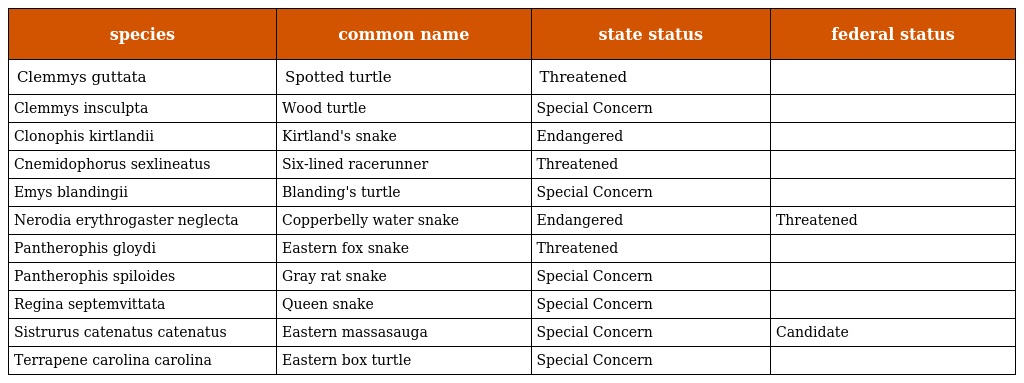
| species | common name | state status | federal status |
 | --- | --- | --- | --- |
 | Clemmys guttata | Spotted turtle | Threatened |  |
 | Clemmys insculpta | Wood turtle | Special Concern |  |
 | Clonophis kirtlandii | Kirtland's snake | Endangered |  |
 | Cnemidophorus sexlineatus | Six-lined racerunner | Threatened |  |
 | Emys blandingii | Blanding's turtle | Special Concern |  |
 | Nerodia erythrogaster neglecta | Copperbelly water snake | Endangered | Threatened |
 | Pantherophis gloydi | Eastern fox snake | Threatened |  |
 | Pantherophis spiloides | Gray rat snake | Special Concern |  |
 | Regina septemvittata | Queen snake | Special Concern |  |
 | Sistrurus catenatus catenatus | Eastern massasauga | Special Concern | Candidate |
 | Terrapene carolina carolina | Eastern box turtle | Special Concern |  |